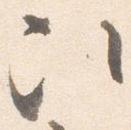
次